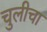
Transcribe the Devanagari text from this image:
चुलीचा